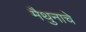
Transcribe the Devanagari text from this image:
मैथुनाचे